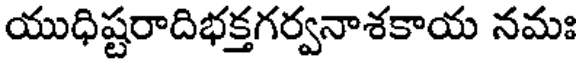
యుధిష్టరాదిభక్తగర్వనాశకాయ నమః